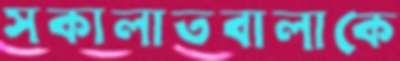
সকালাতবালাকে